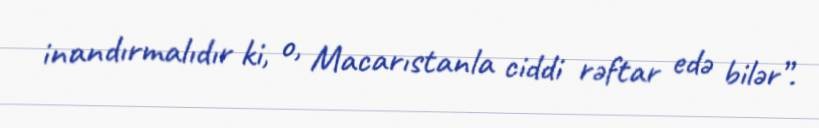
inandırmalıdır ki, o, Macarıstanla ciddi rəftar edə bilər”.